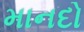
માનદો